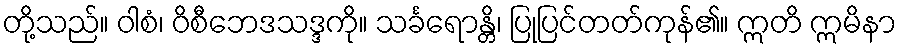
တို့သည်။ ဝါစံ၊ ဝိစီဘေဒသဒ္ဒကို။ သင်္ခရောန္တိ၊ ပြုပြင်တတ်ကုန်၏။ ဣတိ ဣမိနာ